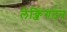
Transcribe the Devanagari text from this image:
लेक्जिंगटन